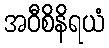
အဝီစိနိရယံ